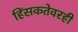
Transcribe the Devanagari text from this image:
हिंसकतेवरही